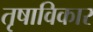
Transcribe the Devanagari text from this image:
तृषाविकार